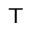
^ { \mathsf { T } }